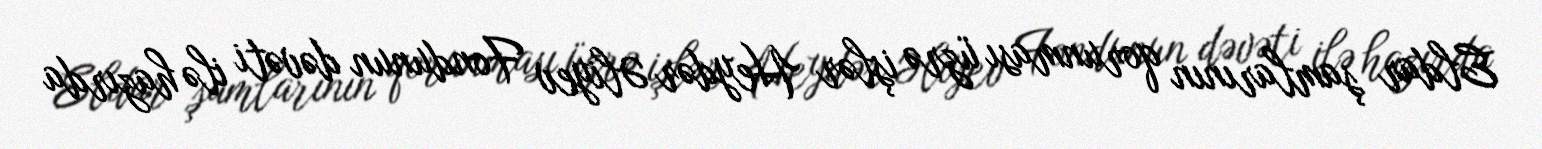
Eldar şamlarının qorunması üzrə işlər Heydər Əliyev Fondunun dəvəti ilə hazırda